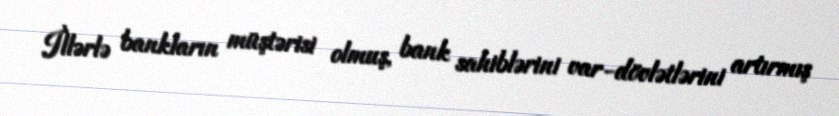
İllərlə bankların müştərisi olmuş, bank sahiblərini var-dövlətlərini artırmış